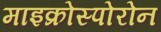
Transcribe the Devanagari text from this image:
माइक्रोस्पोरोन